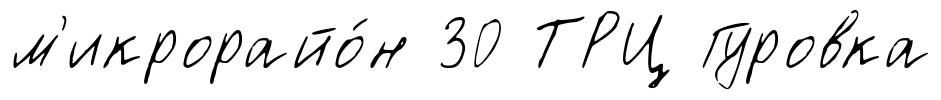
м'икрорайо́н 30 ТРЦ Гуровка